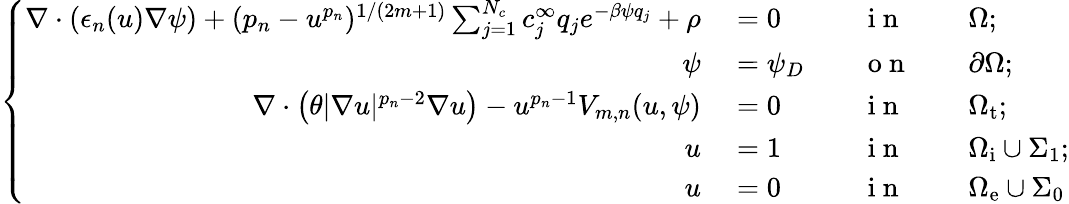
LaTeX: \left\{ \begin{array}{rlrlrl}{\nabla\cdot(\epsilon_{n}(u)\nabla\psi)+(p_{n}-u^{p_{n}})^{1/(2m+1)}\sum_{j=1}^{N_{c}}c_{j}^{\infty}q_{j}e^{-\beta\psi q_{j}}+\rho}&{{}=0}&{}&{{}\mathrm{~i~n~}}&{}&{{}\Omega;}\\ {\psi}&{{}=\psi_{D}}&{}&{{}\mathrm{~o~n~}}&{}&{{}\partial\Omega;}\\ {\nabla\cdot\left(\theta|\nabla u|^{p_{n}-2}\nabla u\right)-u^{p_{n}-1}V_{m,n}(u,\psi)}&{{}=0}&{}&{{}\mathrm{~i~n~}}&{}&{{}\Omega_{\mathrm{t}};}\\ {u}&{{}=1}&{}&{{}\mathrm{~i~n~}}&{}&{{}\Omega_{\mathrm{i}}\cup\Sigma_{1};}\\ {u}&{{}=0}&{}&{{}\mathrm{~i~n~}}&{}&{{}\Omega_{\mathrm{e}}\cup\Sigma_{0}}\end{array}\right.